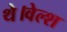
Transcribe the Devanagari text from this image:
थे।वेल्श